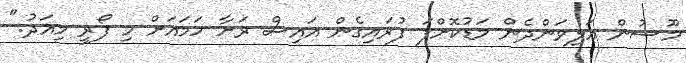
މޫސުން އަލިވަންދެން މަޑުކޮށްފަ ފުރައިގެން އައިސް ރަށާ ހަމައަށް މި ފޯރީ މިއަދު."